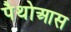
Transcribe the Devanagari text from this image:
पैथोआस